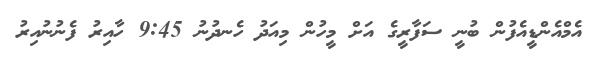
އެމްއެންޑީއެފުން ބުނީ ސަފާރީގެ އަށް މީހުން މިއަދު ހެނދުނު 9:45 ހާއިރު ފެނުނުއިރު